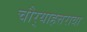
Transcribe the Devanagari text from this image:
चौर्‍याहत्तरावा